Annual returns of the Patna Lunatic Asylum at Bankipore in Bihar and Orissa - 1912-1924
Year: 1912
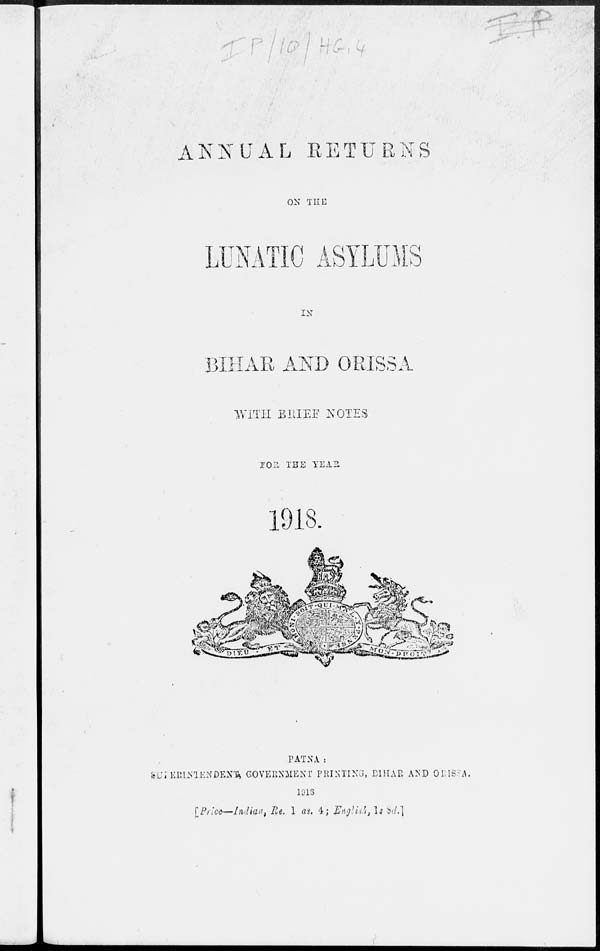
ANNUAL RETURNS
ON THE
LUNATIC ASYLUMS
IN
BIHAR AND ORISSA
WITH BRIEF NOTES
FOR THE YEAR
1918.
PATNA:
SUPERINTENDENT, GOVERNMENT PRINTING, BIHAR AND ORISSA.
1918
[Price—Indian, Re. 1 as. 4; English, 1s 8d.]